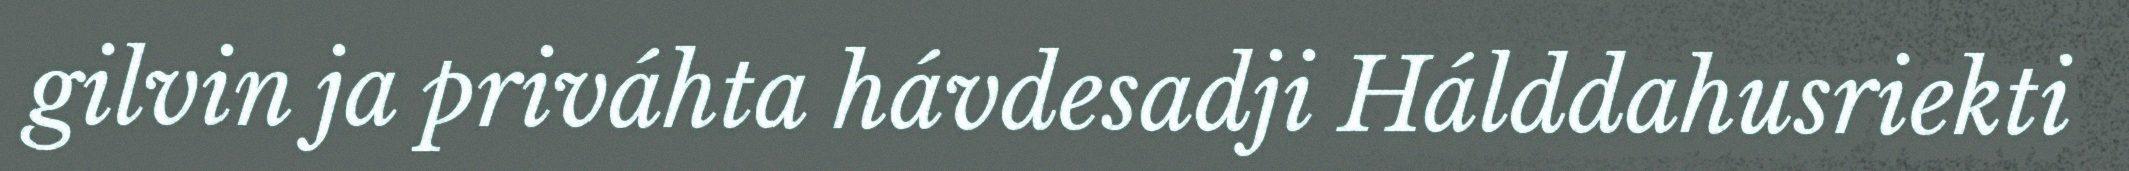
gilvin ja priváhta hávdesadji Hálddahusriekti